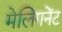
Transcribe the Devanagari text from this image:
मेलिगनेंट